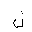
Letter: _lam